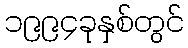
၁၉၉၄ခုနှစ်တွင်